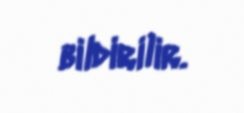
bildirilir.